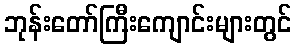
ဘုန်းတော်ကြီးကျောင်းများတွင်